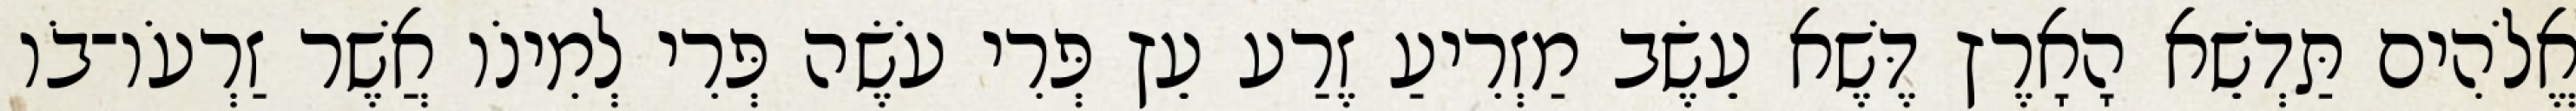
אֱלֹהִים תַּדְשֵׁא הָאָרֶץ דֶּשֶׁא עֵשֶׂב מַזְרִיעַ זֶרַע עֵץ פְּרִי עֹשֶׂה פְּרִי לְמִינֹו אֲשֶׁר זַרְעֹו־בֹו